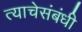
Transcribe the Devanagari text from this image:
त्याचेसंबंधी